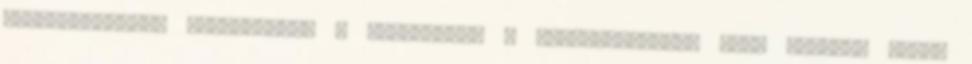
figyelmetlenül rendezgetni a papírokat. A koncentrációja elég szörnyű volt,